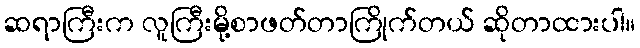
ဆရာကြီးက လူကြီးမို့စာဖတ်တာကြိုက်တယ် ဆိုတာထားပါ။